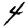
Digit: 4